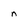
Character: n